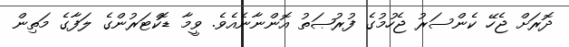
ދޮރަށް ޖެހޭ ކެންސަރު ޖެހުމުގެ ފުރުޞަތު އޮންނާނެއެވެ. ވީމާ ޑޮކްޓަރުންގެ ލަފާގެ މަތިން